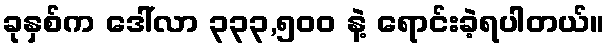
ခုနှစ်က ဒေါ်လာ ၃၃၃,၅၀၀ နဲ့ ရောင်းခဲ့ရပါတယ်။